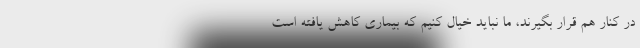
در کنار هم قرار بگیرند، ما نباید خیال کنیم که بیماری کاهش یافته است